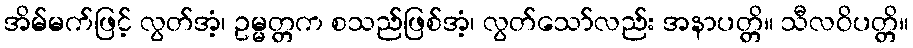
အိမ်မက်ဖြင့် လွတ်အံ့၊ ဥမ္မတ္တက စသည်ဖြစ်အံ့၊ လွတ်သော်လည်း အနာပတ္တိ။ သီလဝိပတ္တိ။